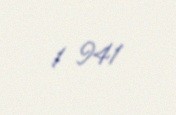
1 941